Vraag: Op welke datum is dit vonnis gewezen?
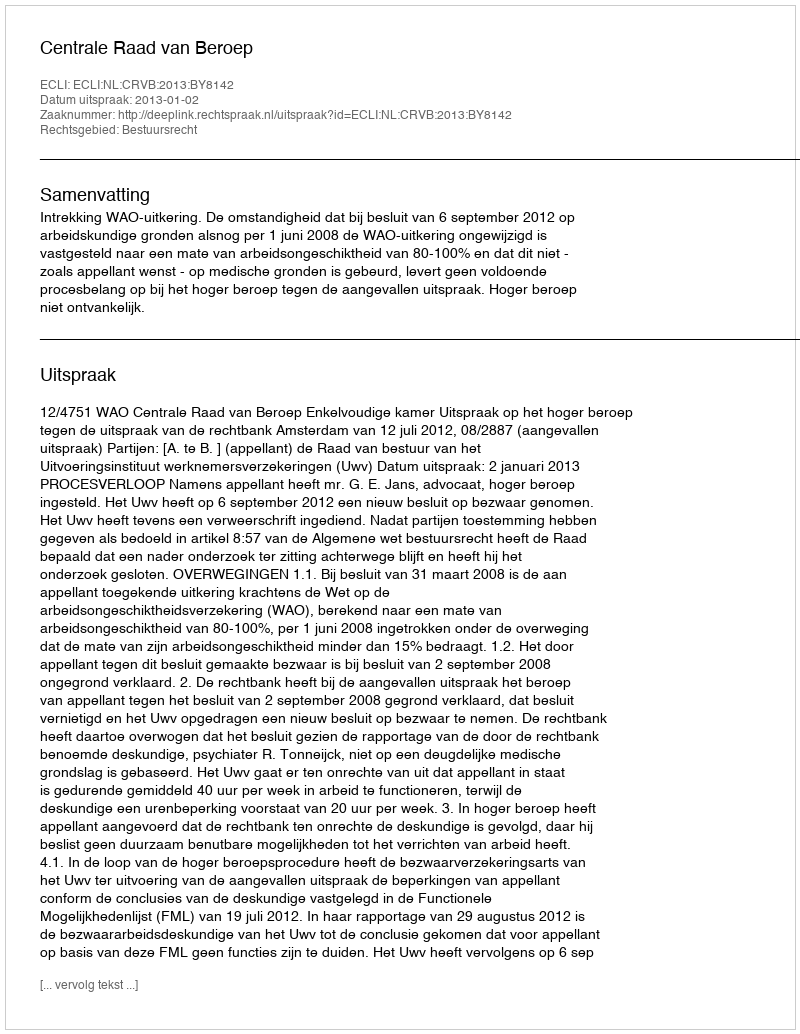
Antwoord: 2013-01-02